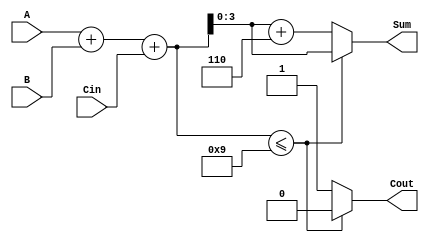
module bcd_lut_adder (
    input  wire [3:0] A,      // 4-bit BCD input A (0-9)
    input  wire [3:0] B,      // 4-bit BCD input B (0-9)
    input  wire Cin,          // Carry input
    output reg  [3:0] Sum,    // 4-bit BCD output Sum
    output reg  Cout          // Carry output
);
    // Intermediate 5-bit sum
    wire [4:0] temp_sum;

    // Calculate the binary sum of A, B, and Cin
    assign temp_sum = A + B + Cin;

    // Look-up table for BCD correction
    always @(*) begin
        if (temp_sum <= 5'd9) begin
            Sum = temp_sum[3:0];  // Valid BCD result
            Cout = 1'b0;          // No carry
        end else begin
            Sum = temp_sum[3:0] + 4'd6;  // Add 6 to correct to valid BCD
            Cout = 1'b1;                  // Set carry
        end
    end
endmodule